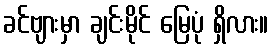
ခင်ဗျားမှာ ချင်းမိုင် မြေပုံ ရှိလား။